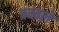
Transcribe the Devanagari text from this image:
त्रम्बले